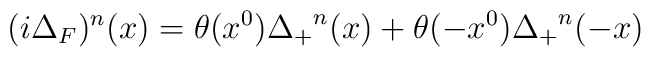
(i\Delta_{F})^{n}(x)=\theta(x^{0}){\Delta_{+}}^{n}(x) +\theta(-x^{0}){\Delta_{+}}^{n}(-x)